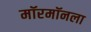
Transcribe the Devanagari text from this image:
मॉरमॉनला